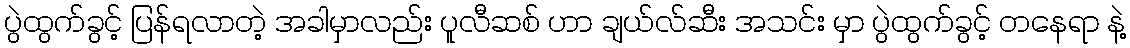
ပွဲထွက်ခွင့် ပြန်ရလာတဲ့ အခါမှာလည်း ပူလီဆစ် ဟာ ချယ်လ်ဆီး အသင်း မှာ ပွဲထွက်ခွင့် တနေရာ နဲ့